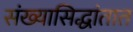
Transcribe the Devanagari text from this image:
संख्यासिद्धांतात